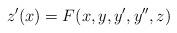
LaTeX: \begin{align*}z'(x) = F(x, y, y', y'', z)\end{align*}